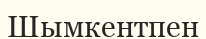
Шымкентпен